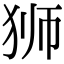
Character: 狮